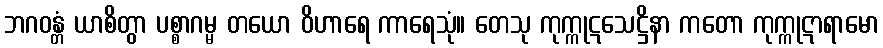
ဘဂဝန္တံ ယာစိတွာ ပစ္စာဂမ္မ တယော ဝိဟာရေ ကာရေသုံ။ တေသု ကုက္ကုဋသေဋ္ဌိနာ ကတော ကုက္ကုဋာရာမော